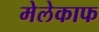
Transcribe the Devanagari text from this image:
मेलेकाफ